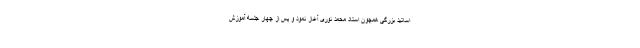
اساتید بزرگی همچون استاد محمد نوری آغاز نمود و پس از چهار جلسه آموزش